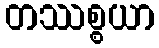
တဿစ္စယာ